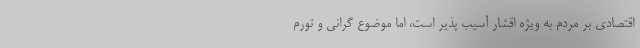
اقتصادی بر مردم به ویژه اقشار آسیب پذیر است، اما موضوع گرانی و تورم